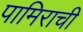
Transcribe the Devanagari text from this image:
पामिराची